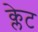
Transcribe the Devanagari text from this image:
क्लेट